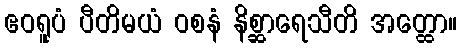
ဧဝရူပံ ပီတိမယံ ဝစနံ နိစ္ဆာရေသီတိ အတ္ထော။